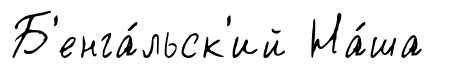
Б'енга́льск'ий На́ша